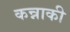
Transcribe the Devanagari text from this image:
कन्नाकी